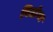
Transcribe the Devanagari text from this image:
विठाेबा